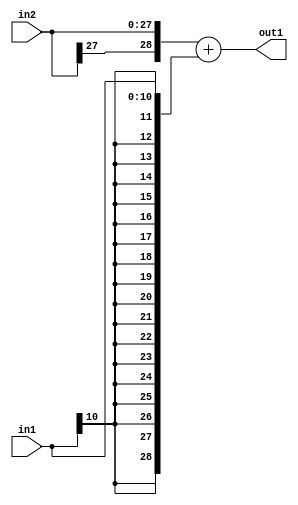
`timescale 1ps / 1ps
/*****************************************************************************
    Verilog RTL Description
    
    
    Created by: Stratus DpOpt 2019.1.01 
*******************************************************************************/

module DC_Filter_Add_28Sx11S_29S_4 (
	in2,
	in1,
	out1
	); /* architecture "behavioural" */ 
input [27:0] in2;
input [10:0] in1;
output [28:0] out1;
wire [28:0] asc001;

assign asc001 = 
	+({in2[27], in2})
	+({{18{in1[10]}}, in1});

assign out1 = asc001;
endmodule

/* CADENCE  ubTzSAA= : u9/ySgnWtBlWxVPRXgAZ4Og= ** DO NOT EDIT THIS LINE ******/